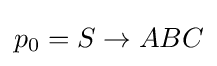
p_{0}=S\rightarrow ABC